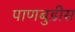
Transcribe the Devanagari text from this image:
पाणबुडीस